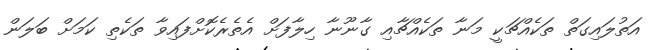
އަތުލައިގަތް ތަކެއްޗަކީ މަނާ ތަކެއްޗާއި ގާނޫނާ ހިލާފަށް އެތެރެކޮށްފައިވާ ތަކެތި ކަމަށް ބަލަން